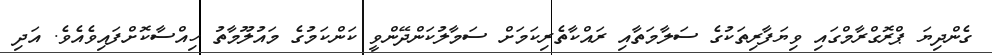
ގެންދިޔަ ޕްރޮގްރާމްގައި ވިޔަފާރިތަކުގެ ސަލާމަތާއި ރައްކާތެރިކަމަށް ސަމާލުކަންދޭންވީ ކަންކަމުގެ މައުލޫމާތު ހިއްސާކޮށްފައިވެއެވެ. އަދި